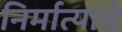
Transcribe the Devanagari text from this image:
निर्मात्याचे